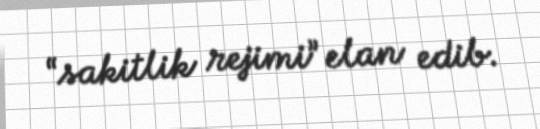
“sakitlik rejimi” elan edib.